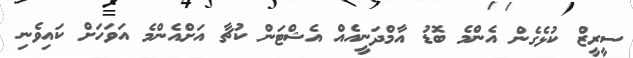
ސީރީޒް ކުޅެގެން އެންމެ ބޮޑު އާމްދަނީއެއް އެޝްޓަން ކުޗާ އަށްއެންމެ އަވަހަށް ކައިވެނި